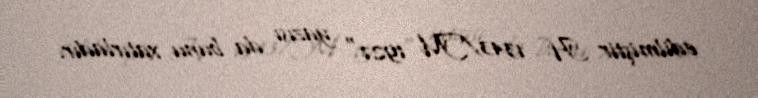
edilmiştir H 1343/M 1927" yazısı da bunu xatırladır.